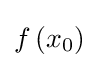
f\left(x_{0}\right)